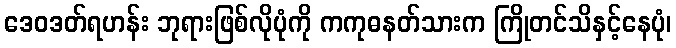
ဒေဝဒတ်ရဟန်း ဘုရားဖြစ်လိုပုံကို ကကုဓနတ်သားက ကြိုတင်သိနှင့်နေပုံ၊